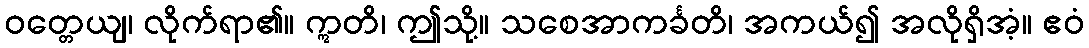
ဝတ္တေယျ၊ လိုက်ရာ၏။ ဣတိ၊ ဤသို့။ သစေအာကင်္ခတိ၊ အကယ်၍ အလိုရှိအံ့။ ဧဝံ